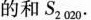
的和S_{2020}.